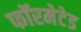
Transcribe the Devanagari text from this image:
फॉरमेटेड